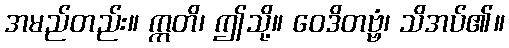
အမည်တည်း။ ဣတိ၊ ဤသို့။ ဝေဒိတဗ္ဗံ၊ သိအပ်၏။